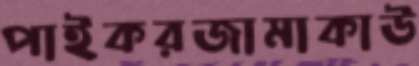
পাইকরজামাকাউ